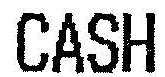
CASH